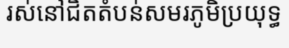
រស់នៅជិតតំបន់សមរភូមិប្រយុទ្ធ